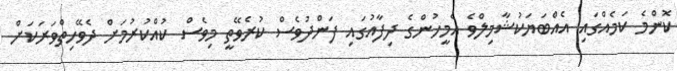
ކޮންމެ ކަމެއްގައި އެއްބަޔަކުޝާމިލްވެ އެމީހުންގެ ދިފާއުގައި ފަންދުވެސް ކުރެވޭތީ މިވެސް ކުއްކުރުމަށް ދެވޭހިތްވަރަކަށް